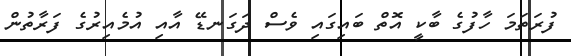
ފުރަތަމަ ހާފުގެ ބާކީ އޮތް ބައިގައި ވެސް ދަގަނޑޭ އާއި އުމެއިރުގެ ފަރާތުން